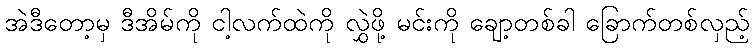
အဲဒီတော့မှ ဒီအိမ်ကို ငါ့လက်ထဲကို လွှဲဖို့ မင်းကို ချော့တစ်ခါ ခြောက်တစ်လှည့်